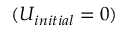
( U _ { i n i t i a l } = 0 )